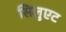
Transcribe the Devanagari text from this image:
सिलुएट